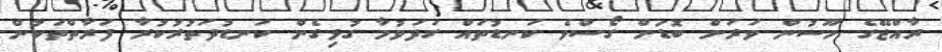
ރާއްޖޭގެ މޫސުން ވަރަށް ބޮޑަށް ގޯސްވެ ކަނޑުތައް ގަދަވުމާ ގުޅިގެން ކަނޑުދަތުރުކުރާ ފަރާތްތަކުން